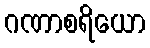
ဂဏာစရိယော